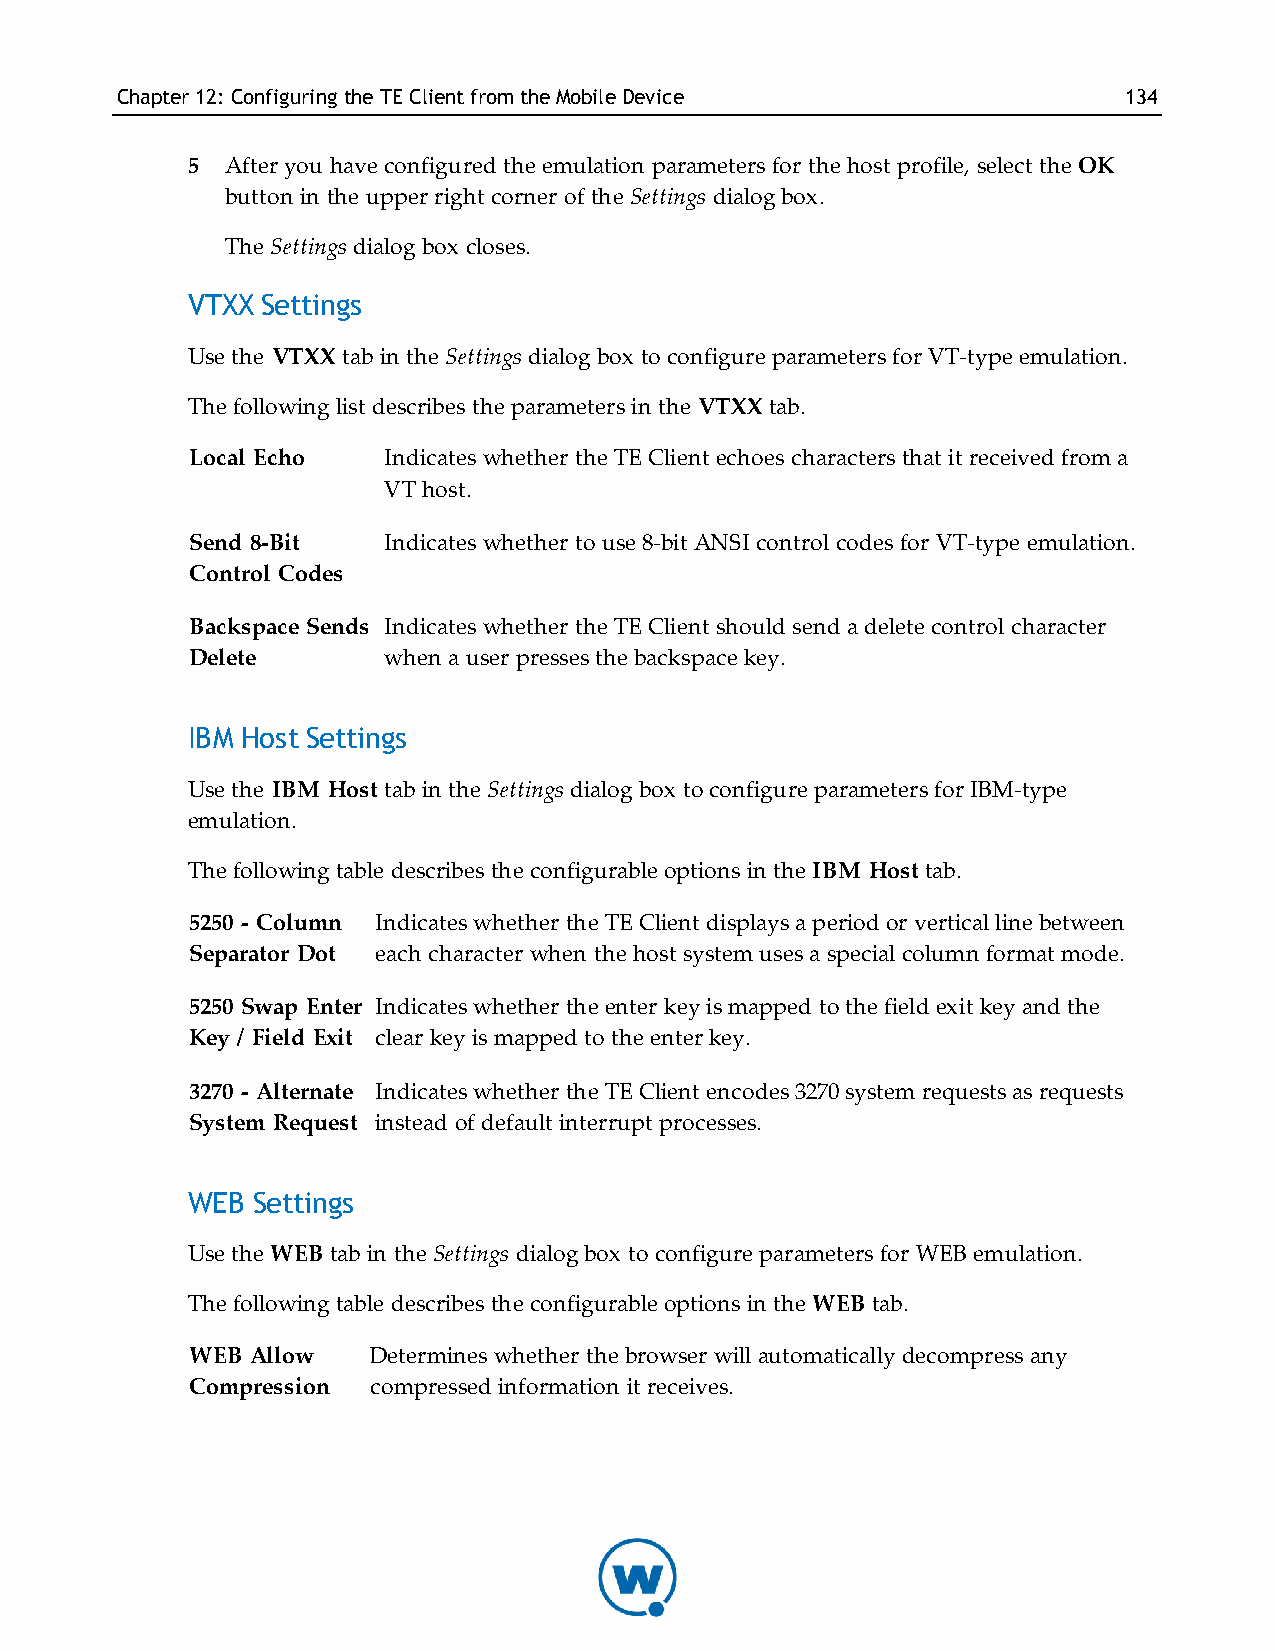
Chapter12: Configuring theTE ClientfromtheMobileDevice            134
 5  After you have configured the emulation parameters for the host profile, select the OK
 button in the upper right corner of the Settings dialog box.
 The Settings dialog box closes.
 VTXX Settings
 Use the VTXX tab in the Settings dialog box to configure parameters for VT-type emulation.
 The following list describes the parameters in the VTXX tab.
 Local Echo  Indicates whether the TE Client echoes characters that it received from a
 VT host.
 Send 8-Bit  Indicates whether to use 8-bit ANSI control codes for VT-type emulation.
 Control Codes
 Backspace Sends Indicates whether the TE Client should send a delete control character
 Delete      when a user presses the backspace key.
 IBM Host Settings
 Use the IBM Host tab in the Settings dialog box to configure parameters for IBM-type
 emulation.
 The following table describes the configurable options in the IBM Host tab.
 5250 - Column Indicates whether the TE Client displays a period or vertical line between
 Separator Dot each character when the host system uses a special column format mode.
 5250 Swap Enter Indicates whether the enter key is mapped to the field exit key and the
 Key / Field Exit clear key is mapped to the enter key.
 3270 - Alternate Indicates whether the TE Client encodes 3270 system requests as requests
 System Request instead of default interrupt processes.
 WEB  Settings
 Use the WEB tab in the Settings dialog box to configure parameters for WEB emulation.
 The following table describes the configurable options in the WEB tab.
 WEB Allow   Determines whether the browser will automatically decompress any
 Compression compressed information it receives.